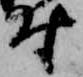
付